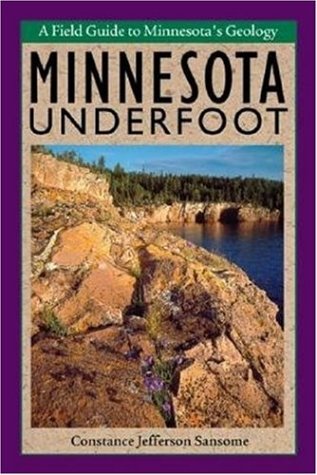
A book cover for Minnesota Underfoot (Midwest); Constance Jefferson Sansome; Travel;